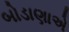
બોડાણાએ